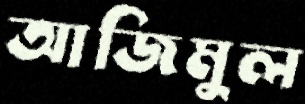
আজিমুল